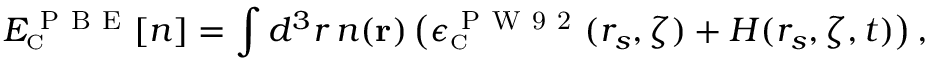
E _ { \scriptscriptstyle \mathrm { C } } ^ { \mathrm { ~ P ~ B ~ E ~ } } [ n ] = \int d ^ { 3 } r \, n ( { \bf r } ) \, \big ( \epsilon _ { \scriptscriptstyle \mathrm { C } } ^ { \mathrm { ~ P ~ W ~ 9 ~ 2 ~ } } ( r _ { s } , \zeta ) + H ( r _ { s } , \zeta , t ) \big ) \, ,